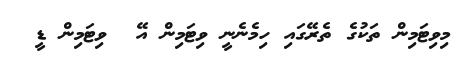
މިވިޓަމިން ތަކުގެ ތެރޭގައި ހިމެނެނީ ވިޓަމިން އޭ  ވިޓަމިން ޑީ